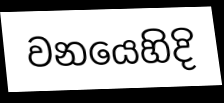
වනයෙහිදි